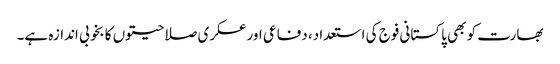
بھارت کو بھی پاکستانی فوج کی استعداد، دفاعی اور عسکری صلاحیتوں کا بخوبی اندازہ ہے۔